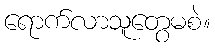
ရောက်လာသူတွေမစဲ။